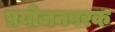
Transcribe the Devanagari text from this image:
प्रयोजनपरक